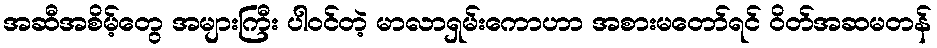
အဆီအစိမ့်တွေ အများကြီး ပါဝင်တဲ့ မာလာရှမ်းကောဟာ အစားမတော်ရင် ဝိတ်အဆမတန်